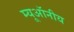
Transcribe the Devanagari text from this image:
म्यूऑनीय